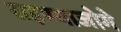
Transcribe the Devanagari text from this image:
राहण्याजोगे